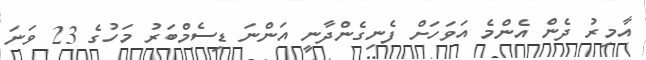
އާމިރު ދެން އެންމެ އަވަހަށް ފެނިގެންދާނީ އަންނަ ޑިސެމްބަރު މަހުގެ 23 ވަނަ